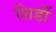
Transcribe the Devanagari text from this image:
शिडीं